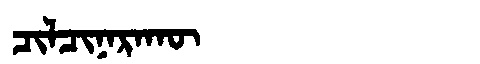
Manchu: ᠴᡳᠯᠴᡳᠨᠠᡵᠠᡴᡡ
Romanization: CILCINARAKŪ